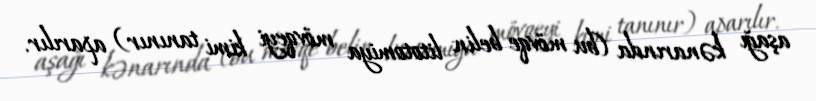
aşağı kənarında (bu mövqe belin litotomiya mövqeyi kimi tanınır) aparılır.